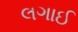
લગાઈ